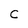
Character: C